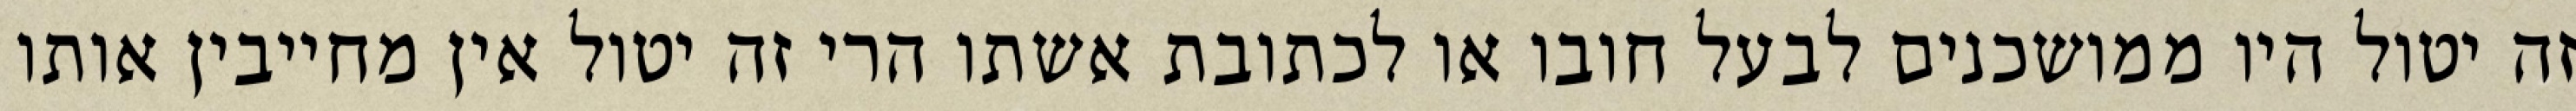
זה יטול היו ממושכנים לבעל חובו או לכתובת אשתו הרי זה יטול אין מחייבין אותו